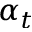
\alpha _ { t }